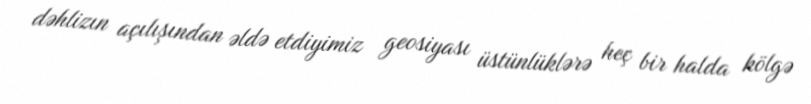
dəhlizın açılışından əldə etdiyimiz geosiyası üstünlüklərə heç bir halda kölgə